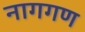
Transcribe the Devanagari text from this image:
नागगण